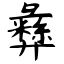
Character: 彝